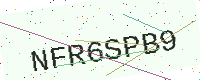
Text: NFR6SPB9